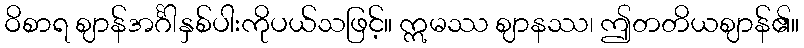
ဝိစာရ ဈာန်အင်္ဂါနှစ်ပါးကိုပယ်သဖြင့်။ ဣမဿ ဈာနဿ၊ ဤတတိယဈာန်၏။